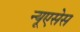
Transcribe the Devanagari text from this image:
न्यूएसेस